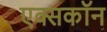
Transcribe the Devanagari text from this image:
एक्सकॉन